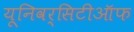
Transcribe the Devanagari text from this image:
यूनिवर्सिटीऑफ